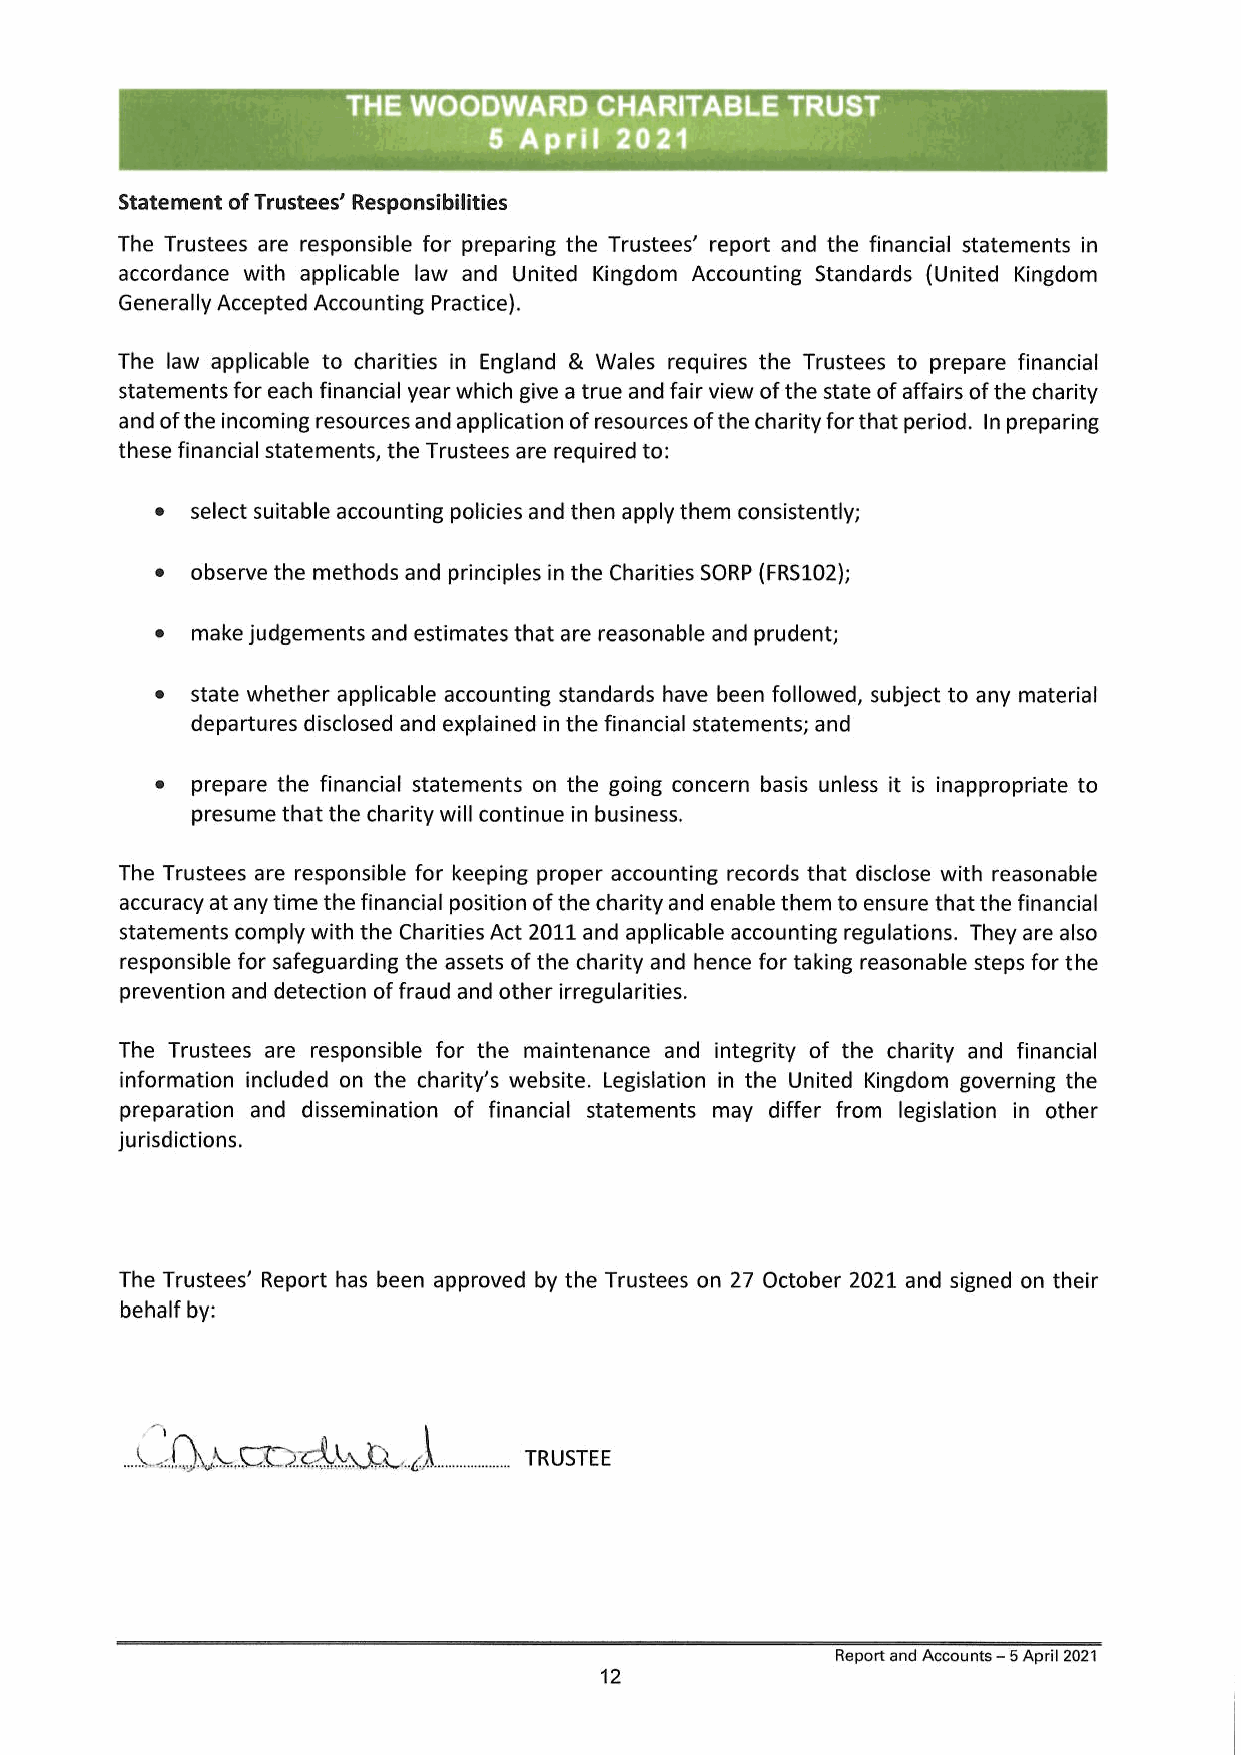
CHARITABLE   TRUST
 PIY IE
 Statement of Trustees’ Responsibilities
 The Trustees are responsible for preparing the Trustees’ report and the financial statements in
 accordance with applicable law and United Kingdom Accounting Standards (United Kingdom
 Generally Accepted Accounting Practice).
 The law applicable to charities in England & Wales requires the Trustees to prepare financial
 statements for each financial year which give a true and fair view of the state of affairs of the charity
 and of the incoming resources and application of resources of the charity for that period. In preparing
 these financial statements, the Trustees are required to:
 e  select suitable accounting policies and then apply them consistently;
 e  observe the methods and principles in the Charities SORP (FRS102);
 e  make judgements and estimates that are reasonable and prudent;
 e  state whether applicable accounting standards have been followed, subject to any material
 departures disclosed and explained in the financial statements; and
 e  prepare the financial statements on the going concern basis unless it is inappropriate to
 presume that the charity will continue in business.
 The Trustees are responsible for keeping proper accounting records that disclose with reasonable
 accuracy at any time the financial position of the charity and enable them to ensure that the financial
 statements comply with the Charities Act 2011 and applicable accounting regulations. They are also
 responsible for safeguarding the assets of the charity and hence for taking reasonable steps for the
 prevention and detection of fraud and other irregularities.
 The Trustees are responsible for the maintenance and integrity of the charity and financial
 information included on the charity’s website. Legislation in the United Kingdom governing the
 preparation and dissemination of financial statements may differ from legislation in other
 jurisdictions.
 The Trustees’ Report has been approved by the Trustees on 27 October 2021 and signed on their
 behalf by:
 Da                 A       TRUSTEE
 Report and Accounts — 5 April 2021
 12